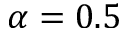
\alpha = 0 . 5